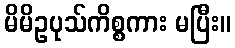
မိမိဥပုသ်ကိစ္စကား မပြီး။